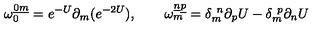
\omega _ { 0 } ^ { \underline { 0 } \underline { m } } = e ^ { - U } \partial _ { m } ( e ^ { - 2 U } ) , \qquad \omega _ { m } ^ { \underline { n } \underline { p } } = \delta _ { m } ^ { \ n } \partial _ { p } U - \delta _ { m } ^ { \ p } \partial _ { n } U